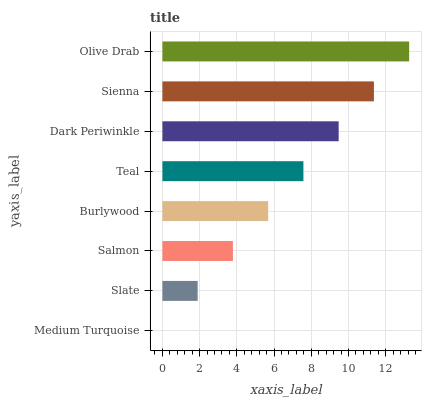
| yaxis_label | bars |
 | --- | --- |
 | Medium Turquoise | 0 |
 | Slate | 1.89 |
 | Salmon | 3.79 |
 | Burlywood | 5.68 |
 | Teal | 7.58 |
 | Dark Periwinkle | 9.47 |
 | Sienna | 11.4 |
 | Olive Drab | 13.3 |